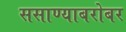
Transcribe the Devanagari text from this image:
ससाण्याबरोबर